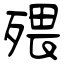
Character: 㱬